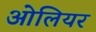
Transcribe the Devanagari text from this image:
ओलियर